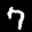
Label: 7